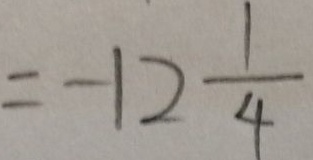
= - 1 2 \frac { 1 } { 4 }